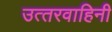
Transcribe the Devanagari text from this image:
उत्‍तरवाहिनी